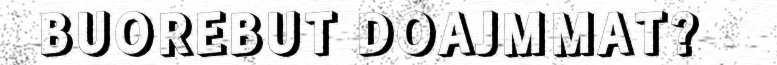
BUOREBUT DOAJMMAT?